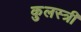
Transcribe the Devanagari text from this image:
कुलस्त्री